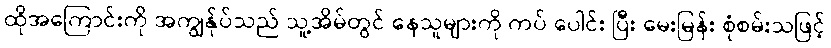
ထိုအကြောင်းကို အကျွန်ုပ်သည် သူ့အိမ်တွင် နေသူများကို ကပ် ပေါင်း ပြီး မေးမြန်း စုံစမ်းသဖြင့်